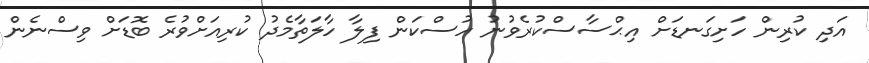
އަދި ކުރިން ހަށިގަނޑަށް އިޙްސާސްކުރެވުނު ހުސްކަން ފިލާ ހާލަތާމެދު ކުރިއަށްވުރެ ބޮޑަށް ވިސްނެން